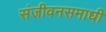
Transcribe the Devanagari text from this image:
संजीवनसमाधी